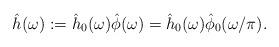
LaTeX: \begin{align*}\hat{h}(\omega):= \hat{h}_0(\omega) \hat{\phi}(\omega)=\hat{h}_0(\omega) \hat{\phi}_0(\omega/\pi).\end{align*}